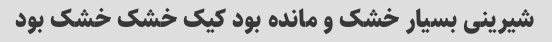
شیرینی بسیار خشک و مانده بود کیک خشک خشک بود